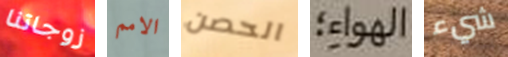
زوجاتنا الامم الحصن الهواء؛ شيء